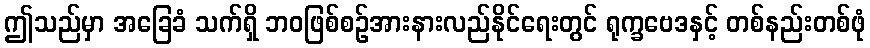
ဤသည်မှာ အခြေခံ သက်ရှိ ဘဝဖြစ်စဉ်အားနားလည်နိုင်ရေးတွင် ရုက္ခဗေဒနှင့် တစ်နည်းတစ်ဖုံ